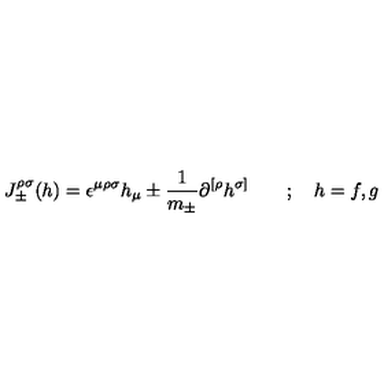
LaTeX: { J } _ { \pm } ^ { \rho \sigma } ( h ) = \epsilon ^ { \mu \rho \sigma } h _ { \mu } \pm \frac { 1 } { m _ { \pm } } \partial ^ { [ \rho } h ^ { \sigma ] } \quad \quad ; \quad h = f , g